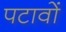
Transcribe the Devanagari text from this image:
पटावों